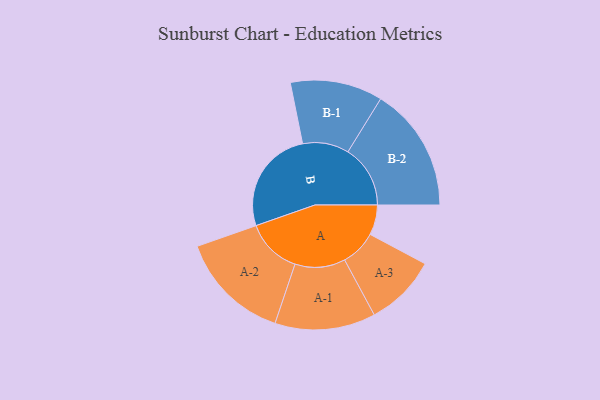
{"axis": {"x": "Segment", "y": "Value"}, "legend": ["", "A", "B"], "data": [{"x": "A", "y": 117, "type": ""}, {"x": "B", "y": 408, "type": ""}, {"x": "A-1", "y": 196, "type": "A"}, {"x": "A-2", "y": 217, "type": "A"}, {"x": "A-3", "y": 140, "type": "A"}, {"x": "B-1", "y": 180, "type": "B"}, {"x": "B-2", "y": 243, "type": "B"}]}